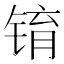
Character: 𫓾